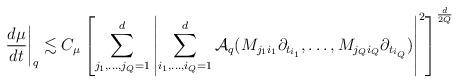
LaTeX: \begin{align*}\left. \frac{d \mu}{dt} \right|_q \lesssim C_\mu \left[ \sum_{j_1,\ldots,j_Q=1}^d \left| \sum_{i_1,\ldots,i_Q=1}^d {\mathcal A}_{q} (M_{j_1 i_1} \partial_{t_{i_1}},\ldots,M_{j_Q i_Q} \partial_{t_{i_Q}}) \right|^2 \right]^{\frac{d}{2Q}} \end{align*}